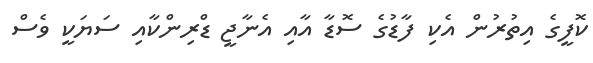
ކޮފީގެ އިތުރުން އެކި ފާޑުގެ ސޮޑާ އާއި އެނާޖީ ޑްރިންކާއި ސަޔަކީ ވެސް